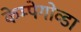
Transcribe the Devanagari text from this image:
केम्पेगोव्डा